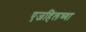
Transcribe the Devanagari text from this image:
एजहिलच्या